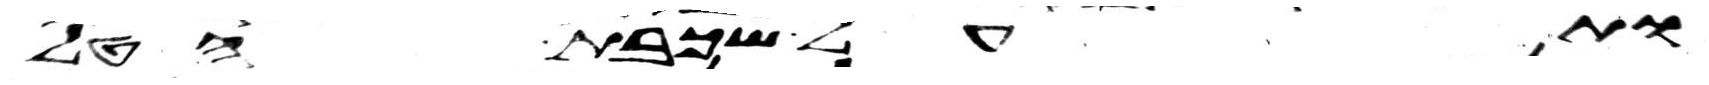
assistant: ותעל שכבת הטל